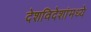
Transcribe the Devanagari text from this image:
देशविदेशांमध्ये